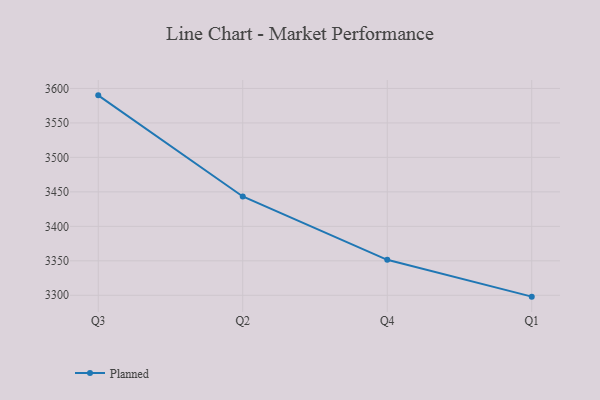
{"axis": {"x": "Quarter", "y": "Shipments"}, "legend": ["Planned"], "data": [{"x": "Q3", "y": 3590.0, "type": "Planned"}, {"x": "Q2", "y": 3443.3, "type": "Planned"}, {"x": "Q4", "y": 3351.4, "type": "Planned"}, {"x": "Q1", "y": 3298.0, "type": "Planned"}]}